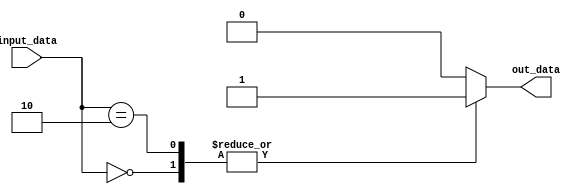
module don_care_case (
    input [1:0] input_data,
    output reg out_data
);

always @* begin
    case(input_data)
        2'b00: out_data = 1;
        2'b01: out_data = 0;
        2'b10: out_data = 1;
        default: out_data = 0; // Don't care case
    endcase
end

endmodule